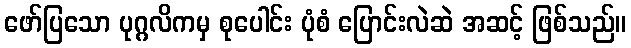
ဖော်ပြသော ပုဂ္ဂလိကမှ စုပေါင်း ပုံစံ ပြောင်းလဲဆဲ အဆင့် ဖြစ်သည်။